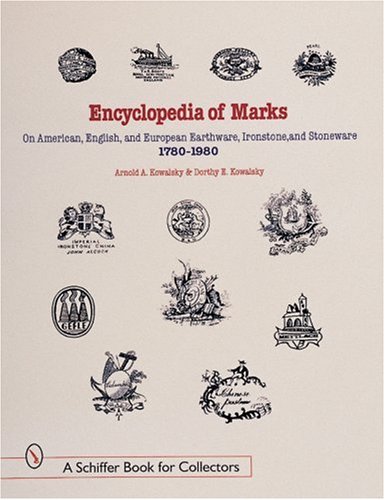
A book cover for Encyclopedia of Marks on American, English, and European Earthenware, Ironstone, Stoneware (1780-1980): Makers, Marks, and Patterns in Blue and White, ... Ironstone (A Schiffer Book for Collectors); Arnold A. Kowalsky; Crafts, Hobbies & Home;